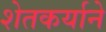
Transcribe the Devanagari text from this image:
शेतकर्याने